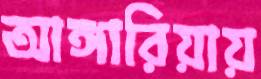
আঙ্গারিয়ায়